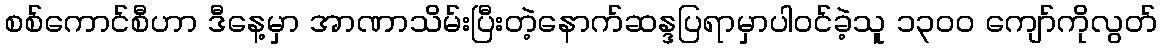
စစ်ကောင်စီဟာ ဒီနေ့မှာ အာဏာသိမ်းပြီးတဲ့နောက်ဆန္ဒပြရာမှာပါဝင်ခဲ့သူ ၁၃ဝဝ ကျော်ကိုလွတ်